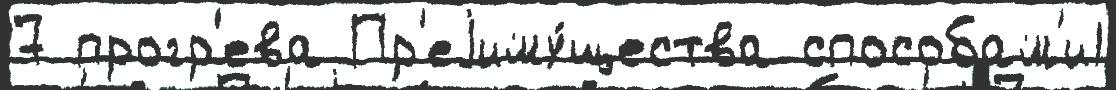
7 прогр'ева Пр'еjиму́щества способам'и1